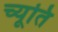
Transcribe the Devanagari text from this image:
च्यूति